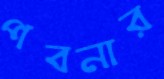
পবনার